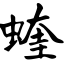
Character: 蝰